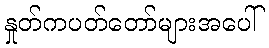
နှုတ်ကပတ်တော်များအပေါ်